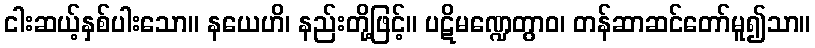
ငါးဆယ့်နှစ်ပါးသော။ နယေဟိ၊ နည်းတို့ဖြင့်။ ပဋိမဏ္ဍေတွာဝ၊ တန်ဆာဆင်တော်မူ၍သာ။